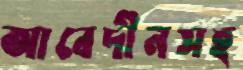
আবেদীনসহ